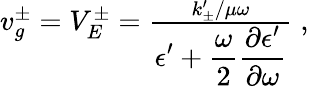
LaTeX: \begin{array}{r}{v_{g}^{\pm}=V_{E}^{\pm}=\frac{{k_{\pm}^{\prime}/\mu\omega}}{\displaystyle\epsilon^{\prime}+\frac{\omega}{2}\frac{\partial\epsilon^{\prime}}{\partial\omega}}\; ,}\end{array}